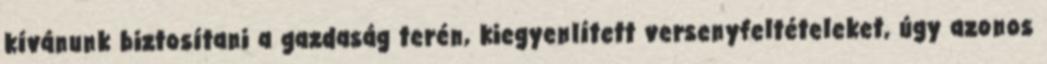
kívánunk biztosítani a gazdaság terén, kiegyenlített versenyfeltételeket, úgy azonos